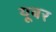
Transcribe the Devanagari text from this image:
यूबर